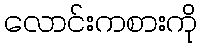
လောင်းကစားကို